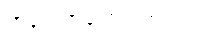
ကန့်ကွက်ခဲ့ကြပါတယ်။